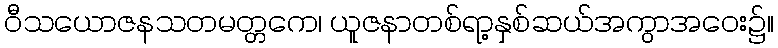
ဝီသယောဇနသတမတ္တကေ၊ ယူဇနာတစ်ရာ့နှစ်ဆယ်အကွာအဝေး၌။